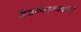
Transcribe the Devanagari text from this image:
वेदव्यासद्वारा